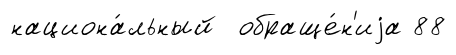
национа́льный обраще́н'иjа 88